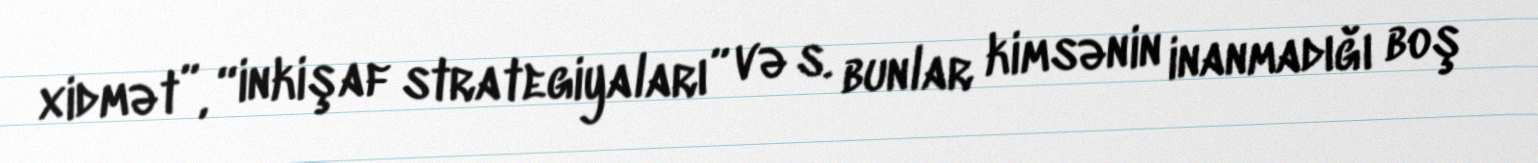
xidmət”, “inkişaf strategiyaları” və s. bunlar kimsənin inanmadığı boş